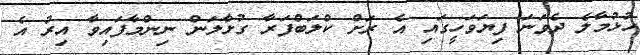
ހުޅުމާލެ ދެވަނަ ފިޔަވަހީގައި އެ ރަށް ކްލަބްފަރާ ގުޅާލަން ނިންމާފައިވާ އިރު އެ